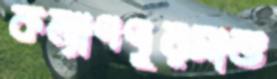
কল্যাণপুরসাভ